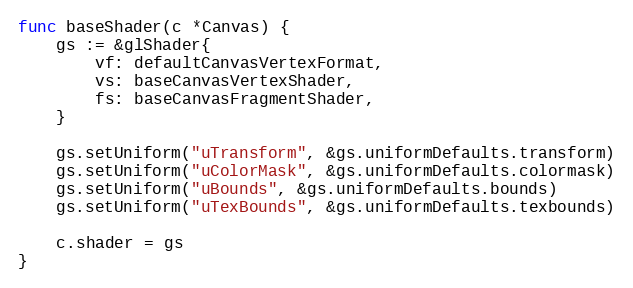
Language: Go
func baseShader(c *Canvas) {
	gs := &glShader{
		vf: defaultCanvasVertexFormat,
		vs: baseCanvasVertexShader,
		fs: baseCanvasFragmentShader,
	}

	gs.setUniform("uTransform", &gs.uniformDefaults.transform)
	gs.setUniform("uColorMask", &gs.uniformDefaults.colormask)
	gs.setUniform("uBounds", &gs.uniformDefaults.bounds)
	gs.setUniform("uTexBounds", &gs.uniformDefaults.texbounds)

	c.shader = gs
}